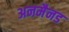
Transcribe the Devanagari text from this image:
अनमैनड